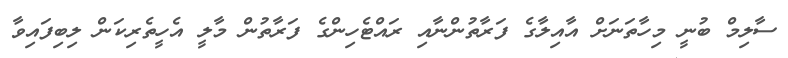
ސާލިމް ބުނީ މިހާތަނަށް އާއިލާގެ ފަރާތުންނާއި ރައްޓެހިންގެ ފަރާތުން މާލީ އެހީތެރިކަން ލިބިފައިވާ